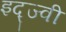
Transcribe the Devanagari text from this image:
इद्ज्वी